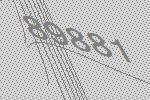
89881